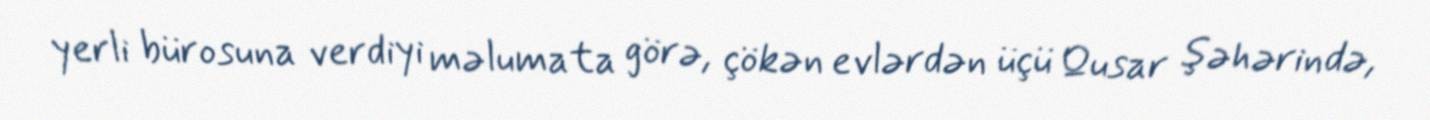
yerli bürosuna verdiyi məlumata görə, çökən evlərdən üçü Qusar şəhərində,